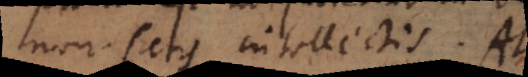
non satis intellectis. At